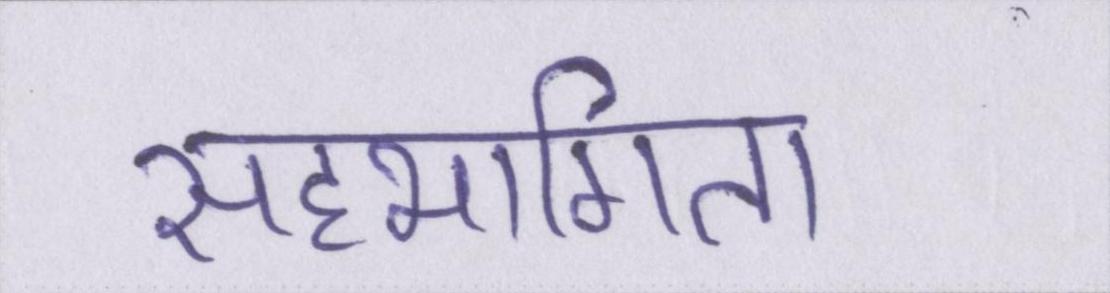
सहभागिता